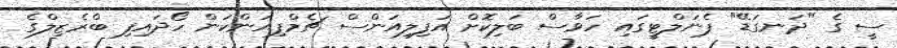
ސީ ގެ "ދަނގަޑޭ" ޕެނަލްޓީގައި ހަވާސް ބަލިކޮށް އަފިލިއަންސް ޗެމްޕިއަންކަން ހޯދައިފި ބްރެޒިލްގެ